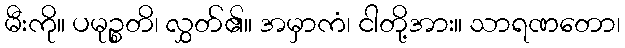
မီးကို။ ပမုဉ္စတိ၊ လွှတ်၏။ အမှာကံ၊ ငါတို့အား။ သာရဏတော၊